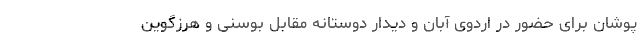
پوشان برای حضور در اردوی آبان و دیدار دوستانه مقابل بوسنی و هرزگوین